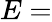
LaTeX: E=